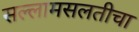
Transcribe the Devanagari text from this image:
सल्लामसलतीचा